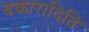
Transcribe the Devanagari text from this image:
वकारादिति